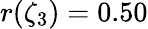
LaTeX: r(\zeta_{3})=0.50